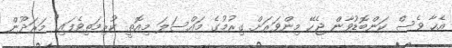
އެހާ ވެސް ކަންބޮޑުވާން ޖެހޭ މިންވަރަށް ގިރުމުގެ މައްސަލަ މިއޮތީ ކުރިމަތިވެފައި" މަަރަދޫން